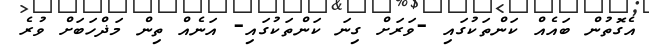
އެގޮތުން ބައެއް ކަންތަކުގައި -ވަރަށް ގިނަ ކަންތަކުގައި- އަނެއް ތިން މަޛްހަބަށް ވުރެ